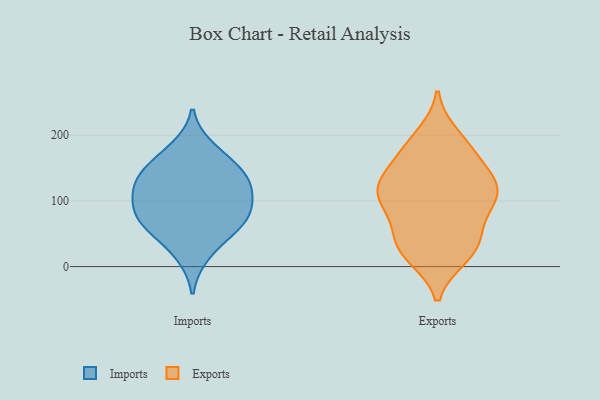
{"axis": {"x": "Inventory Turnover", "y": "Value"}, "legend": ["Exports", "Imports"], "data": [{"x": "", "y": 117, "type": "Imports"}, {"x": "", "y": 161, "type": "Imports"}, {"x": "", "y": 136, "type": "Imports"}, {"x": "", "y": 61, "type": "Imports"}, {"x": "", "y": 131, "type": "Imports"}, {"x": "", "y": 55, "type": "Imports"}, {"x": "", "y": 93, "type": "Imports"}, {"x": "", "y": 100, "type": "Imports"}, {"x": "", "y": 140, "type": "Imports"}, {"x": "", "y": 180, "type": "Imports"}, {"x": "", "y": 67, "type": "Imports"}, {"x": "", "y": 83, "type": "Imports"}, {"x": "", "y": 18, "type": "Imports"}, {"x": "", "y": 119, "type": "Exports"}, {"x": "", "y": 54, "type": "Exports"}, {"x": "", "y": 159, "type": "Exports"}, {"x": "", "y": 112, "type": "Exports"}, {"x": "", "y": 147, "type": "Exports"}, {"x": "", "y": 117, "type": "Exports"}, {"x": "", "y": 53, "type": "Exports"}, {"x": "", "y": 104, "type": "Exports"}, {"x": "", "y": 184, "type": "Exports"}, {"x": "", "y": 16, "type": "Exports"}, {"x": "", "y": 79, "type": "Exports"}, {"x": "", "y": 128, "type": "Exports"}, {"x": "", "y": 114, "type": "Exports"}, {"x": "", "y": 20, "type": "Exports"}, {"x": "", "y": 103, "type": "Exports"}, {"x": "", "y": 180, "type": "Exports"}, {"x": "", "y": 26, "type": "Exports"}, {"x": "", "y": 199, "type": "Exports"}, {"x": "", "y": 29, "type": "Exports"}]}